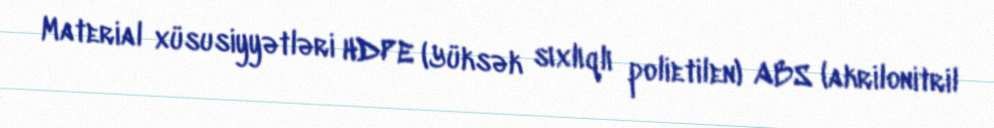
Material xüsusiyyətləri HDPE (Yüksək sıxlıqlı polietilen) ABS (akrilonitril